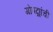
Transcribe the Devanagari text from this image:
गोपद्मांची